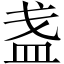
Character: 盏